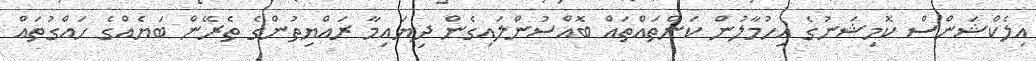
އިލެކްޝަންސް ކޮމިޝަނުގެ އިހުމާލުން ކަންތައްތައް ބޮއްސުންލައިގެން ދިޔައިމާ ރައްޔިތުންގެ ތެރޭން ބަޔެއްގެ ހައްގުތައް